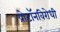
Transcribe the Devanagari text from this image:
प्रोटॉनविरोधी